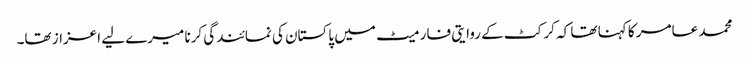
محمد عامر کا کہنا تھا کہ کرکٹ کے روایتی فارمیٹ میں پاکستان کی نمائندگی کرنا میرے لیے اعزاز تھا۔